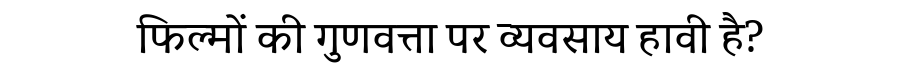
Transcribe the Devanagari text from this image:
फिल्मों की गुणवत्ता पर व्यवसाय हावी है?